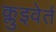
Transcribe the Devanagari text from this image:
क्लुइवेर्त